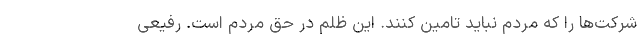
شرکت‌ها را که مردم نباید تامین کنند. این ظلم در حق مردم است. رفیعی